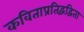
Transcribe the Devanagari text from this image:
कविताप्रतिद्वंद्विता